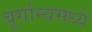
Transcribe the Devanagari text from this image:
बूर्गान्यमध्ये